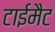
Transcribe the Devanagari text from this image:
टाईमैट